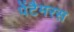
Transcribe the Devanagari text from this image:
पेंटैमरस